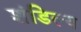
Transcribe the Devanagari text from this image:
शंडिल्य